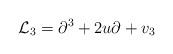
LaTeX: \begin{align*}{\mathcal L}_{3}=\partial^{3}+2u\partial+v_3\end{align*}